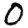
Digit: 0